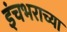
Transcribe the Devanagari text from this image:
इंचभराच्या